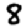
Digit: 8